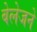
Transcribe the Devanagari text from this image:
बेलेजने